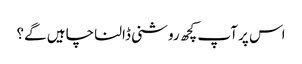
اس پر آپ کچھ روشنی ڈالنا چاہیں گے؟